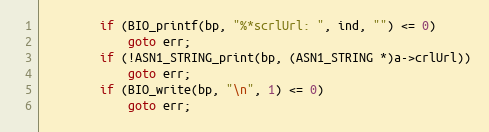
Language: C
        if (BIO_printf(bp, "%*scrlUrl: ", ind, "") <= 0)
            goto err;
        if (!ASN1_STRING_print(bp, (ASN1_STRING *)a->crlUrl))
            goto err;
        if (BIO_write(bp, "\n", 1) <= 0)
            goto err;